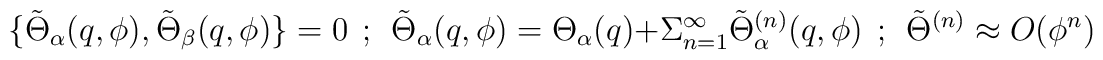
\{\tilde\Theta _\alpha (q,\phi ) ,\tilde\Theta _\beta (q,\phi )\}=0~~;~~\tilde\Theta _\alpha (q,\phi )=\Theta _\alpha (q)+\Sigma _{n=1}^\infty \tilde\Theta ^{(n)} _\alpha (q,\phi )~~;~~\tilde\Theta ^{(n)}\approx O(\phi ^n)